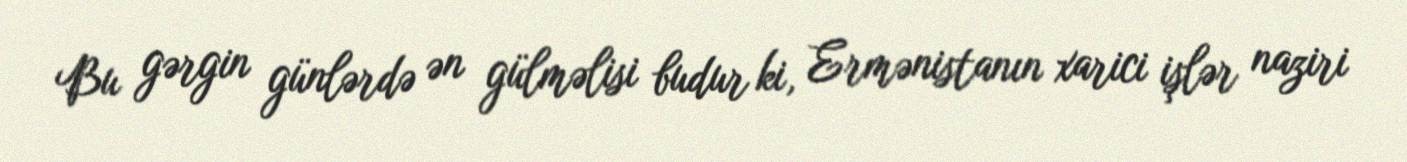
Bu gərgin günlərdə ən gülməlisi budur ki, Ermənistanın xarici işlər naziri